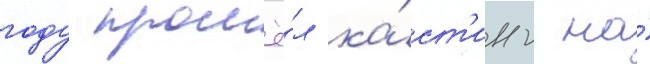
году прошё́л ка́ст'инг на́